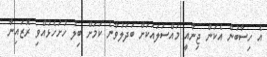
އެ ހިސާބުން އެކަން ޖިނާއީ މައްސަލައަކަށް ބަދަލުވާނެ ކަމަށް ބިލު ހުށަހެޅުއްވި ރޮޒައިނާ